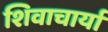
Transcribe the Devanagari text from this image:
शिवाचार्या